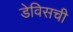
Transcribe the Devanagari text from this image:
डेविसची